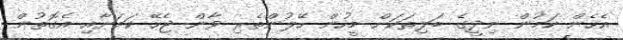
އެހެން ކަމުން ނިދީގެ ބަލިތަކަށް މީހުން ހޭލުންތެރި ވާން ޖެހޭ ކަމަށާއި އެގޮތުން